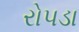
રોપડા